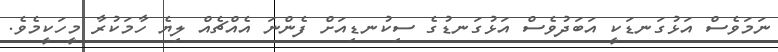
ނަމަވެސް އަޅުގަނޑަކީ އަބަދުވެސް އަޅުގަނޑުގެ ސިކުނޑިއަށް ފެންނަ އެއްޗެއް ލިޔެ ހާމަކުރާ މީހަކީމެވެ.